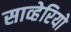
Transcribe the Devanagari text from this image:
साव्हेरियो